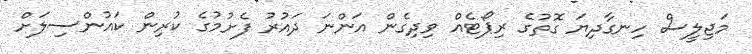
މަޖިލީސް ހިނގާދިޔަ ގޮތުގެ ރިޕޯޓެއް ވިދިގެން އަންނަ ދައުރު ފެށުމުގެ ކުރިން ކައުންސިލަށް